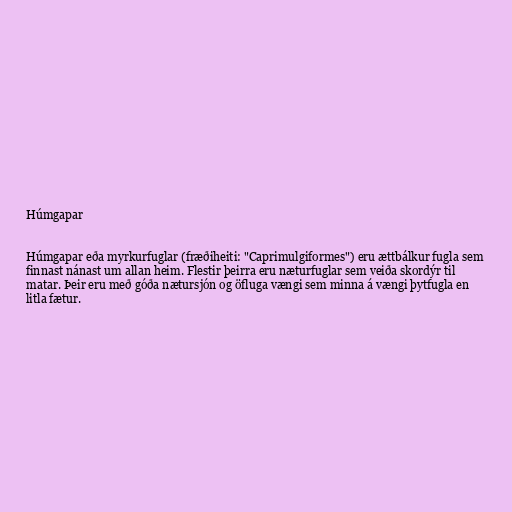
Húmgapar

Húmgapar eða myrkurfuglar (fræðiheiti: "Caprimulgiformes") eru ættbálkur fugla sem
finnast nánast um allan heim. Flestir þeirra eru næturfuglar sem veiða skordýr til
matar. Þeir eru með góða nætursjón og öfluga vængi sem minna á vængi þytfugla en
litla fætur.